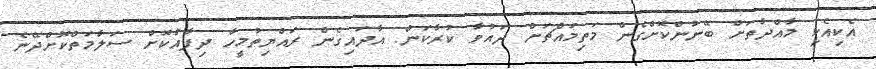
އެކިއެކި މާއްދާތަށް ބޭނުންކޮށްގެން މަތިމައްޗަށް ދައުވާ ކުރާކަން. އާދައިގެން ރައްޔިތުމީހާ ދިފާއުކޮށް ސަލާމަތްކޮށްދޭނެ